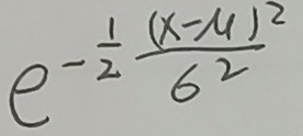
\[
e^{-\frac{1}{2}\frac{(x - \mu)^2}{\sigma^2}}
\]